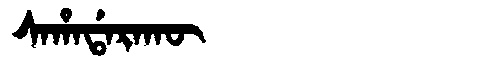
Manchu: ᠰᠠᡥᠠᡩᠠᡵᠠᡴᡡ
Romanization: SAHADARAKŪ